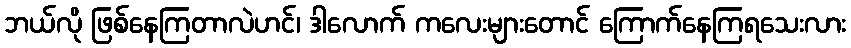
ဘယ်လို ဖြစ်နေကြတာလဲဟင်၊ ဒါလောက် ကလေးများတောင် ကြောက်နေကြရသေးလား